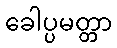
ခေါပ္ပမတ္တာ